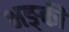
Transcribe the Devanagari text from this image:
भङ्की